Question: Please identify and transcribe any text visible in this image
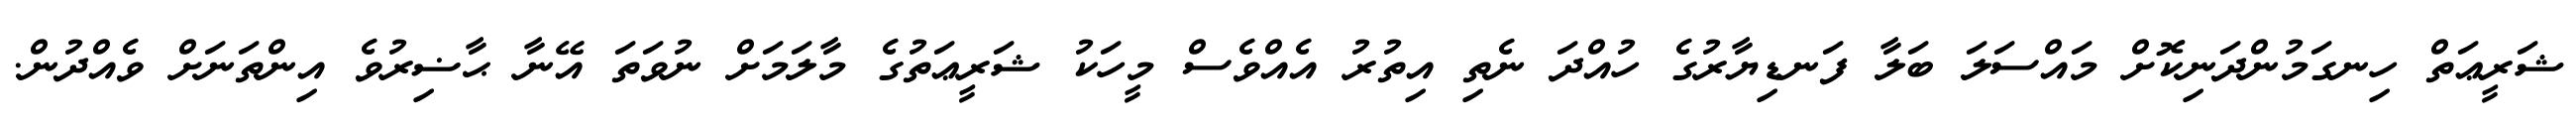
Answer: ޝަރީޢަތް ހިނގަމުންދަނިކޮށް މައްސަލަ ބަލާ ފަނޑިޔާރުގެ ހުއްދަ ނެތި އިތުރު އެއްވެސް މީހަކު ޝަރީޢަތުގެ މާލަމަށް ނުވަތަ އޭނާ ޙާޟިރުވެ އިންތަނަށް ވެއްދުން.